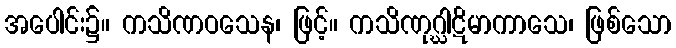
အပေါင်း၌။ ကသိဏဝသေန၊ ဖြင့်။ ကသိဏုဂ္ဃါဋိမာကာသေ၊ ဖြစ်သော